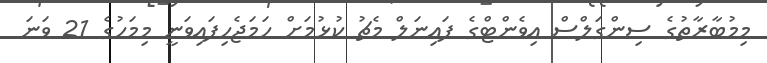
މިމުބާރާތުގެ ސިންގަލްސް އިވެންޓްގެ ފައިނަލް މެޗު ކުޅުމަށް ހަމަޖެހިފައިވަނީ މިމަހުގެ 21 ވަނަ